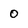
Character: 0